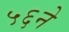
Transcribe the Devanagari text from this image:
५६ने